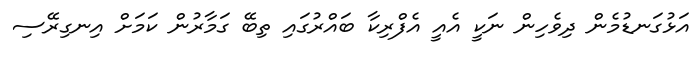
އަޅުގަނޑުމެން ދިވެހިން ނަކީ އެއީ އެފްރިކާ ބައްރުގައި ތިބޭ ގަމާރުން ކަމަށް އިނގިރޭސި